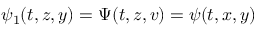
\psi _ { 1 } ( t , z , y ) = \Psi ( t , z , v ) = \psi ( t , x , y )